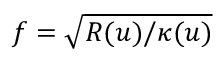
f = \sqrt { R ( u ) / \kappa ( u ) }